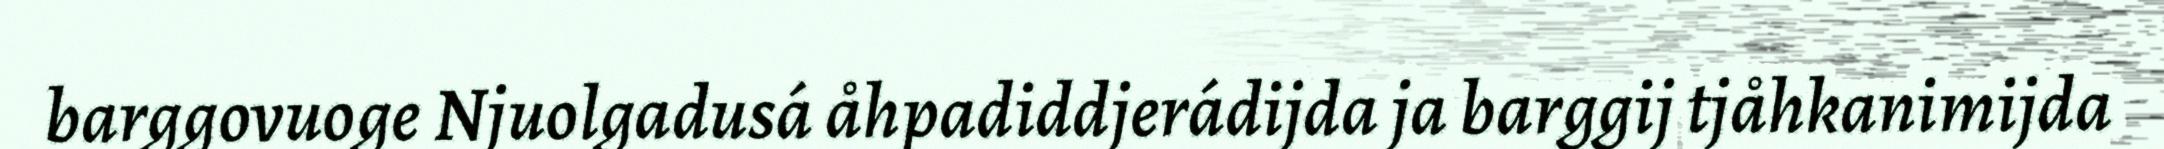
barggovuoge Njuolgadusá åhpadiddjerádijda ja barggij tjåhkanimijda